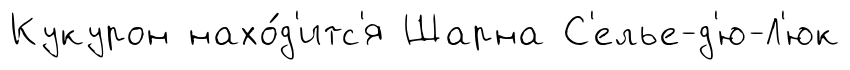
Кукурон нахо́д'итс'я Шарна С'елье-д'ю-Л'юк